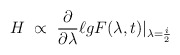
\begin{align*}H\ \propto \; \frac{\partial}{\partial \lambda} \ell g F(\lambda,t)|_{\lambda = \frac{i}{2}}\end{align*}